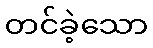
တင်ခဲ့သော